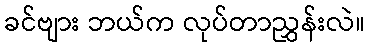
ခင်ဗျား ဘယ်က လုပ်တာညွှန်းလဲ။